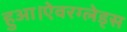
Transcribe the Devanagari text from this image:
हुआ।ऐवरग्लेड्स